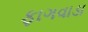
ફાગવાડા